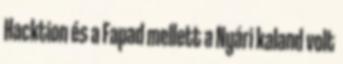
Hacktion és a Fapad mellett a Nyári kaland volt